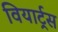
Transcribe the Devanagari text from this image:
वियार्ट्रस